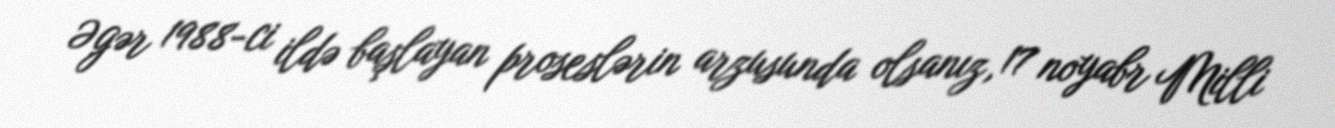
Əgər 1988-ci ildə başlayan proseslərin arzusunda olsanız, 17 noyabr Milli